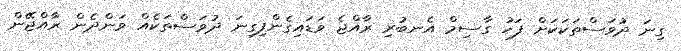
ގިނަ ދުވަސްތަކަކަށް ފަހު ގާސިމް އެނބުރި ރާއްޖެ ވަޑައިގެންފިގިނަ ދުވަސްތަކެއް ވަންދެން ރާއްޖޭން